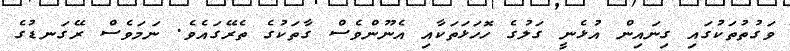
ވަގުތުތަކުގައި ގިނައިން އުޅެނީ ގަލުގެ ހޮހަޅަތަކާއި އެނޫންވެސް ގާތަކުގެ ތެރޭގައެވެ. ނަމަވެސް ރޭގަނޑުގެ